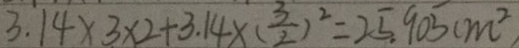
3 . 1 4 \times 3 \times 2 + 3 . 1 4 \times ( \frac { 3 } { 2 } ) ^ { 2 } = 2 5 . 9 0 5 ( m ^ { 2 }